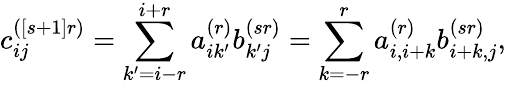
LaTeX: c_{ij}^{([s+1]r)}=\sum_{k^{\prime}=i-r}^{i+r}a_{ik^{\prime}}^{(r)}b_{k^{\prime}j}^{(sr)}=\sum_{k=-r}^{r}a_{i,i+k}^{(r)}b_{i+k,j}^{(sr)},